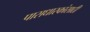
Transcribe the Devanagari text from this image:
पासधारकांसाठी